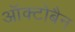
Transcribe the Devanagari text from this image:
ऑक्टोबैन